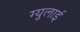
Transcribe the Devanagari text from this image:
ग्युलाई